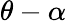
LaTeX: \theta-\alpha